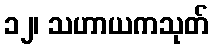
၁၂၊ သဟာယကသုတ်